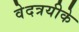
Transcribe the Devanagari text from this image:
वेदत्रयीके